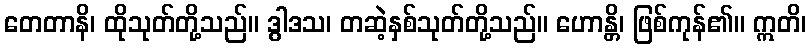
တေတာနိ၊ ထိုသုတ်တို့သည်။ ဒွါဒသ၊ တဆဲ့နှစ်သုတ်တို့သည်။ ဟောန္တိ၊ ဖြစ်ကုန်၏။ ဣတိ၊